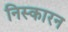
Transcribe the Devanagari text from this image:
निस्कारन